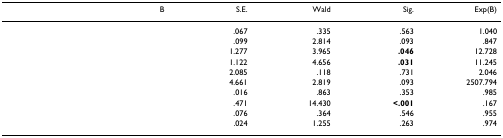
<table><thead><tr><td>[EMPTY_CELL]</td><td><b>B</b></td><td><b>S.E.</b></td><td><b>Wald</b></td><td><b>Sig.</b></td><td><b>Exp(B)</b></td></tr></thead><tbody><tr><td>[EMPTY_CELL]</td><td>[EMPTY_CELL]</td><td>.067</td><td>.335</td><td>.563</td><td>1.040</td></tr><tr><td>[EMPTY_CELL]</td><td>[EMPTY_CELL]</td><td>.099</td><td>2.814</td><td>.093</td><td>.847</td></tr><tr><td>[EMPTY_CELL]</td><td>[EMPTY_CELL]</td><td>1.277</td><td>3.965</td><td><b>.046</b></td><td>12.728</td></tr><tr><td>[EMPTY_CELL]</td><td>[EMPTY_CELL]</td><td>1.122</td><td>4.656</td><td><b>.031</b></td><td>11.245</td></tr><tr><td>[EMPTY_CELL]</td><td>[EMPTY_CELL]</td><td>2.085</td><td>.118</td><td>.731</td><td>2.046</td></tr><tr><td>[EMPTY_CELL]</td><td>[EMPTY_CELL]</td><td>4.661</td><td>2.819</td><td>.093</td><td>2507.794</td></tr><tr><td>[EMPTY_CELL]</td><td>[EMPTY_CELL]</td><td>.016</td><td>.863</td><td>.353</td><td>.985</td></tr><tr><td>[EMPTY_CELL]</td><td>[EMPTY_CELL]</td><td>.471</td><td>14.430</td><td><b>&lt;.001</b></td><td>.167</td></tr><tr><td>[EMPTY_CELL]</td><td>[EMPTY_CELL]</td><td>.076</td><td>.364</td><td>.546</td><td>.955</td></tr><tr><td>[EMPTY_CELL]</td><td>[EMPTY_CELL]</td><td>.024</td><td>1.255</td><td>.263</td><td>.974</td></tr></tbody></table>